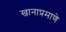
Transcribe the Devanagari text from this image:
खानाप्रमाणे